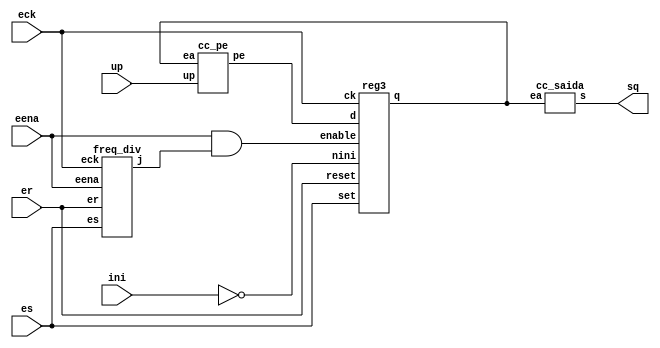
module me (
input   eck,
input   er,
input   es,
input   eena,
input   up,
input   ini,
output  [6:0] sq);


wire [2:0] ea;
wire [2:0] pe;
wire out, out_certo;
wire nini;
not(nini, ini);
and(out_certo, eena, out);


freq_div contador (.eck(eck),.er(er),.es(es),.eena(eena),.j(out));


cc_pe proximo_estado (.ea(ea), .up(up), .pe(pe));


reg3 meu_registrador_querido (.d(pe), .ck(eck), .reset(er),
.set(es), .enable(out_certo), .q(ea), .nini(nini));


cc_saida xololo (.ea(ea), .s(sq));
   
endmodule




module cc_pe (
input   [2:0] ea,
input up,
output  [2:0] pe);


wire nup;
wire nea[2:0];
wire w0, w1, w2, w3, w4, w5, w6, w7;


not(nup, up);
not(nea[2], ea[2]);
not(nea[1], ea[1]);
not(nea[0], ea[0]);


and(w0, nup, ea[1], ea[0]);
and(w1, up, ea[1], nea[0]);
and(w2, nup, nea[1], nea[0]);
and(w3, up, nea[1], ea[0]);


and(w4, nup, ea[2], ea[0]);
and(w5, up, ea[2], nea[0]);
and(w6, up, ea[1], ea[0]);
and(w7, nup, ea[1], nea[0]);


or(pe[2], w0, w1, w2, w3, nea[2]);
or(pe[1], w4, w5, w6, w7);
buf(pe[0], nea[0]);


endmodule




module cc_saida (
input   [2:0] ea,
output  [6:0] s);


wire nea0,nea1,nea2;
wire w0,w1,w2,w3,w4,w5;
not(nea2, ea[2]);
not(nea1, ea[1]);
not(nea0, ea[0]);


and(w0, ea[2], ea[1]);
and(w1, nea1, ea[0]);


and(w2, ea[2], nea0);
and(w3, ea[1], ea[0]);


and(w4, nea0, ea[2]);
and(w5, ea[1], ea[0]);


or(s[6], w4, w5);
or(s[5], ea[0], nea2, nea1);
buf(s[4], 1'b1);
or(s[3], w2, w3);
and(s[2], ea[2], ea[1], ea[0]);
or(s[1], w0, w1);
or(s[0], ea[0], ea[2]);


endmodule




module reg3 (
input   [2:0] d,
input   ck,
input   reset,
input   set,
input   enable,
output  [2:0] q,
input   nini);


dffrse armazena_ea2(
        .din(d[2]),
        .dout(q[2]),
        .clk(ck),
        .en(enable),
        .set(nini),
        .rst(reset));    


dffrse armazena_ea1(
        .din(d[1]),
        .dout(q[1]),
        .clk(ck),
        .en(enable),
        .set(set),
        .rst(nini));
       
dffrse armazena_ea0(
        .din(d[0]),
        .dout(q[0]),
        .clk(ck),
        .en(enable),
        .set(set),
        .rst(nini));    
   
endmodule




module dffrse(din, dout, clk, en, set, rst);
    input din, clk, en, set, rst;
    output reg dout;


    always@(posedge clk, posedge rst) begin
        if(rst)
            dout <= 1'b0;
        else if(set)
            dout <= 1'b1;
        else if(en)
            dout <= din;
        else
            dout <= dout;
    end
endmodule




//divisor
module freq_div (
input   eck,
input   er,
input   es,
input   eena,
output  j);


wire [1:0] ea;
wire [1:0] pe;


cc_pe2 proximo_estado (.ea(ea), .pe(pe));


reg4 meu_registrador_querido (.d(pe), .ck(eck), .reset(er),
.set(es), .enable(eena), .q(ea));


cc_saida2 xololo (.ea(ea), .s(j));
   
endmodule




module cc_pe2 (
input   [1:0] ea,
output  [1:0] pe);
 
buf(pe[1], ea[0]);
nor(pe[0], ea[1], ea[0]);


endmodule




module cc_saida2 (
input   [1:0] ea,
output  s);


buf(s, ea[0]);


endmodule




module reg4 (
input   [1:0] d,
input   ck,
input   reset,
input   set,
input   enable,
output  [1:0] q);


dffrse armazena_ea1(
        .din(d[1]),
        .dout(q[1]),
        .clk(ck),
        .en(enable),
        .set(set),
        .rst(reset));
       
dffrse armazena_ea0(
        .din(d[0]),
        .dout(q[0]),
        .clk(ck),
        .en(enable),
        .set(set),
        .rst(reset));                                              
endmodule




module dffrse2(din, dout, clk, en, set, rst);
    input din, clk, en, set, rst;
    output reg dout;


    always@(posedge clk, posedge rst) begin
        if(rst)
            dout <= 1'b0;
        else if(set)
            dout <= 1'b1;
        else if(en)
            dout <= din;
        else
            dout <= dout;
    end
endmodule